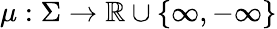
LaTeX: \mu:\Sigma\to\mathbb{R}\cup\{ \infty,-\infty\}